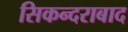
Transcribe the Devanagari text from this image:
सिकन्‍दराबाद